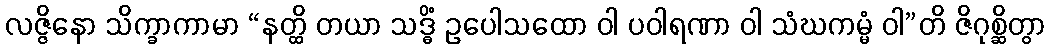
လဇ္ဇိနော သိက္ခာကာမာ “နတ္ထိ တယာ သဒ္ဓိံ ဥပေါသထော ဝါ ပဝါရဏာ ဝါ သံဃကမ္မံ ဝါ”တိ ဇိဂုစ္ဆိတွာ